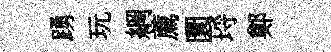
踴玩綱薦圜埓鄭